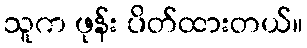
သူက ဖုန်း ပိတ်ထားတယ်။